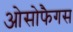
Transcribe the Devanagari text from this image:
ओसोफैगस